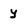
Character: y